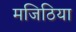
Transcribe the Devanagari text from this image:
मजिठिया